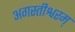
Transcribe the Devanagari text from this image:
अगस्तीश्वरम्